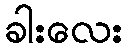
ခါးလေး